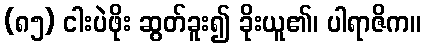
(၈၅) ငါးပဲဖိုး ဆွတ်ခူး၍ ခိုးယူ၏၊ ပါရာဇိက။